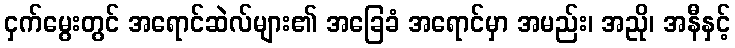
ငှက်မွေးတွင် အရောင်ဆဲလ်များ၏ အခြေခံ အရောင်မှာ အမည်း၊ အညို၊ အနီနှင့်